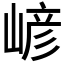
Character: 嵃